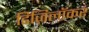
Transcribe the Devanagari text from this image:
डिज़िलॉकर